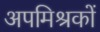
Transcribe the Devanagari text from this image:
अपमिश्रकों